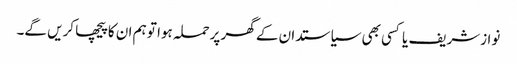
نوازشریف یا کسی بھی سیاستدا ن کے گھر پرحملہ ہوا تو ہم ان کا پیچھا کریں گے۔